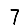
Digit: 7